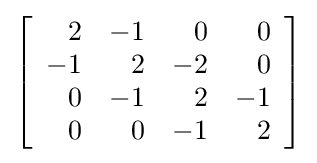
\left[{\begin{array}{rrrr}2&-1&0&0\\-1&2&-2&0\\0&-1&2&-1\\0&0&-1&2\end{array}}\right]